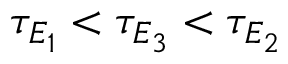
\tau _ { E _ { 1 } } < \tau _ { E _ { 3 } } < \tau _ { E _ { 2 } }